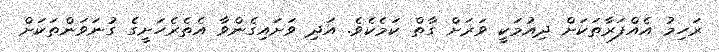
ރަހިމު އެއްފަރާތަކަށް ދިއުމަކީ ވަރަށް ގާތް ކަމެކެވެ. އަދި ވަށައިގެންވާ އެތެރެހަށީގެ ގުނަވަންތަކަށް